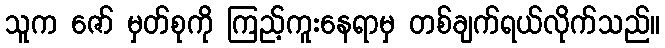
သူက ဇော် မှတ်စုကို ကြည့်ကူးနေရာမှ တစ်ချက်ရယ်လိုက်သည်။